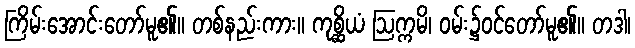
ကြိမ်းအောင်းတော်မူ၏။ တစ်နည်းကား။ ကုစ္ဆိယံ ဩက္ကမိ၊ ဝမ်း၌ဝင်တော်မူ၏။ တဒါ၊